Kihnu_vallavalitsus, lk 7
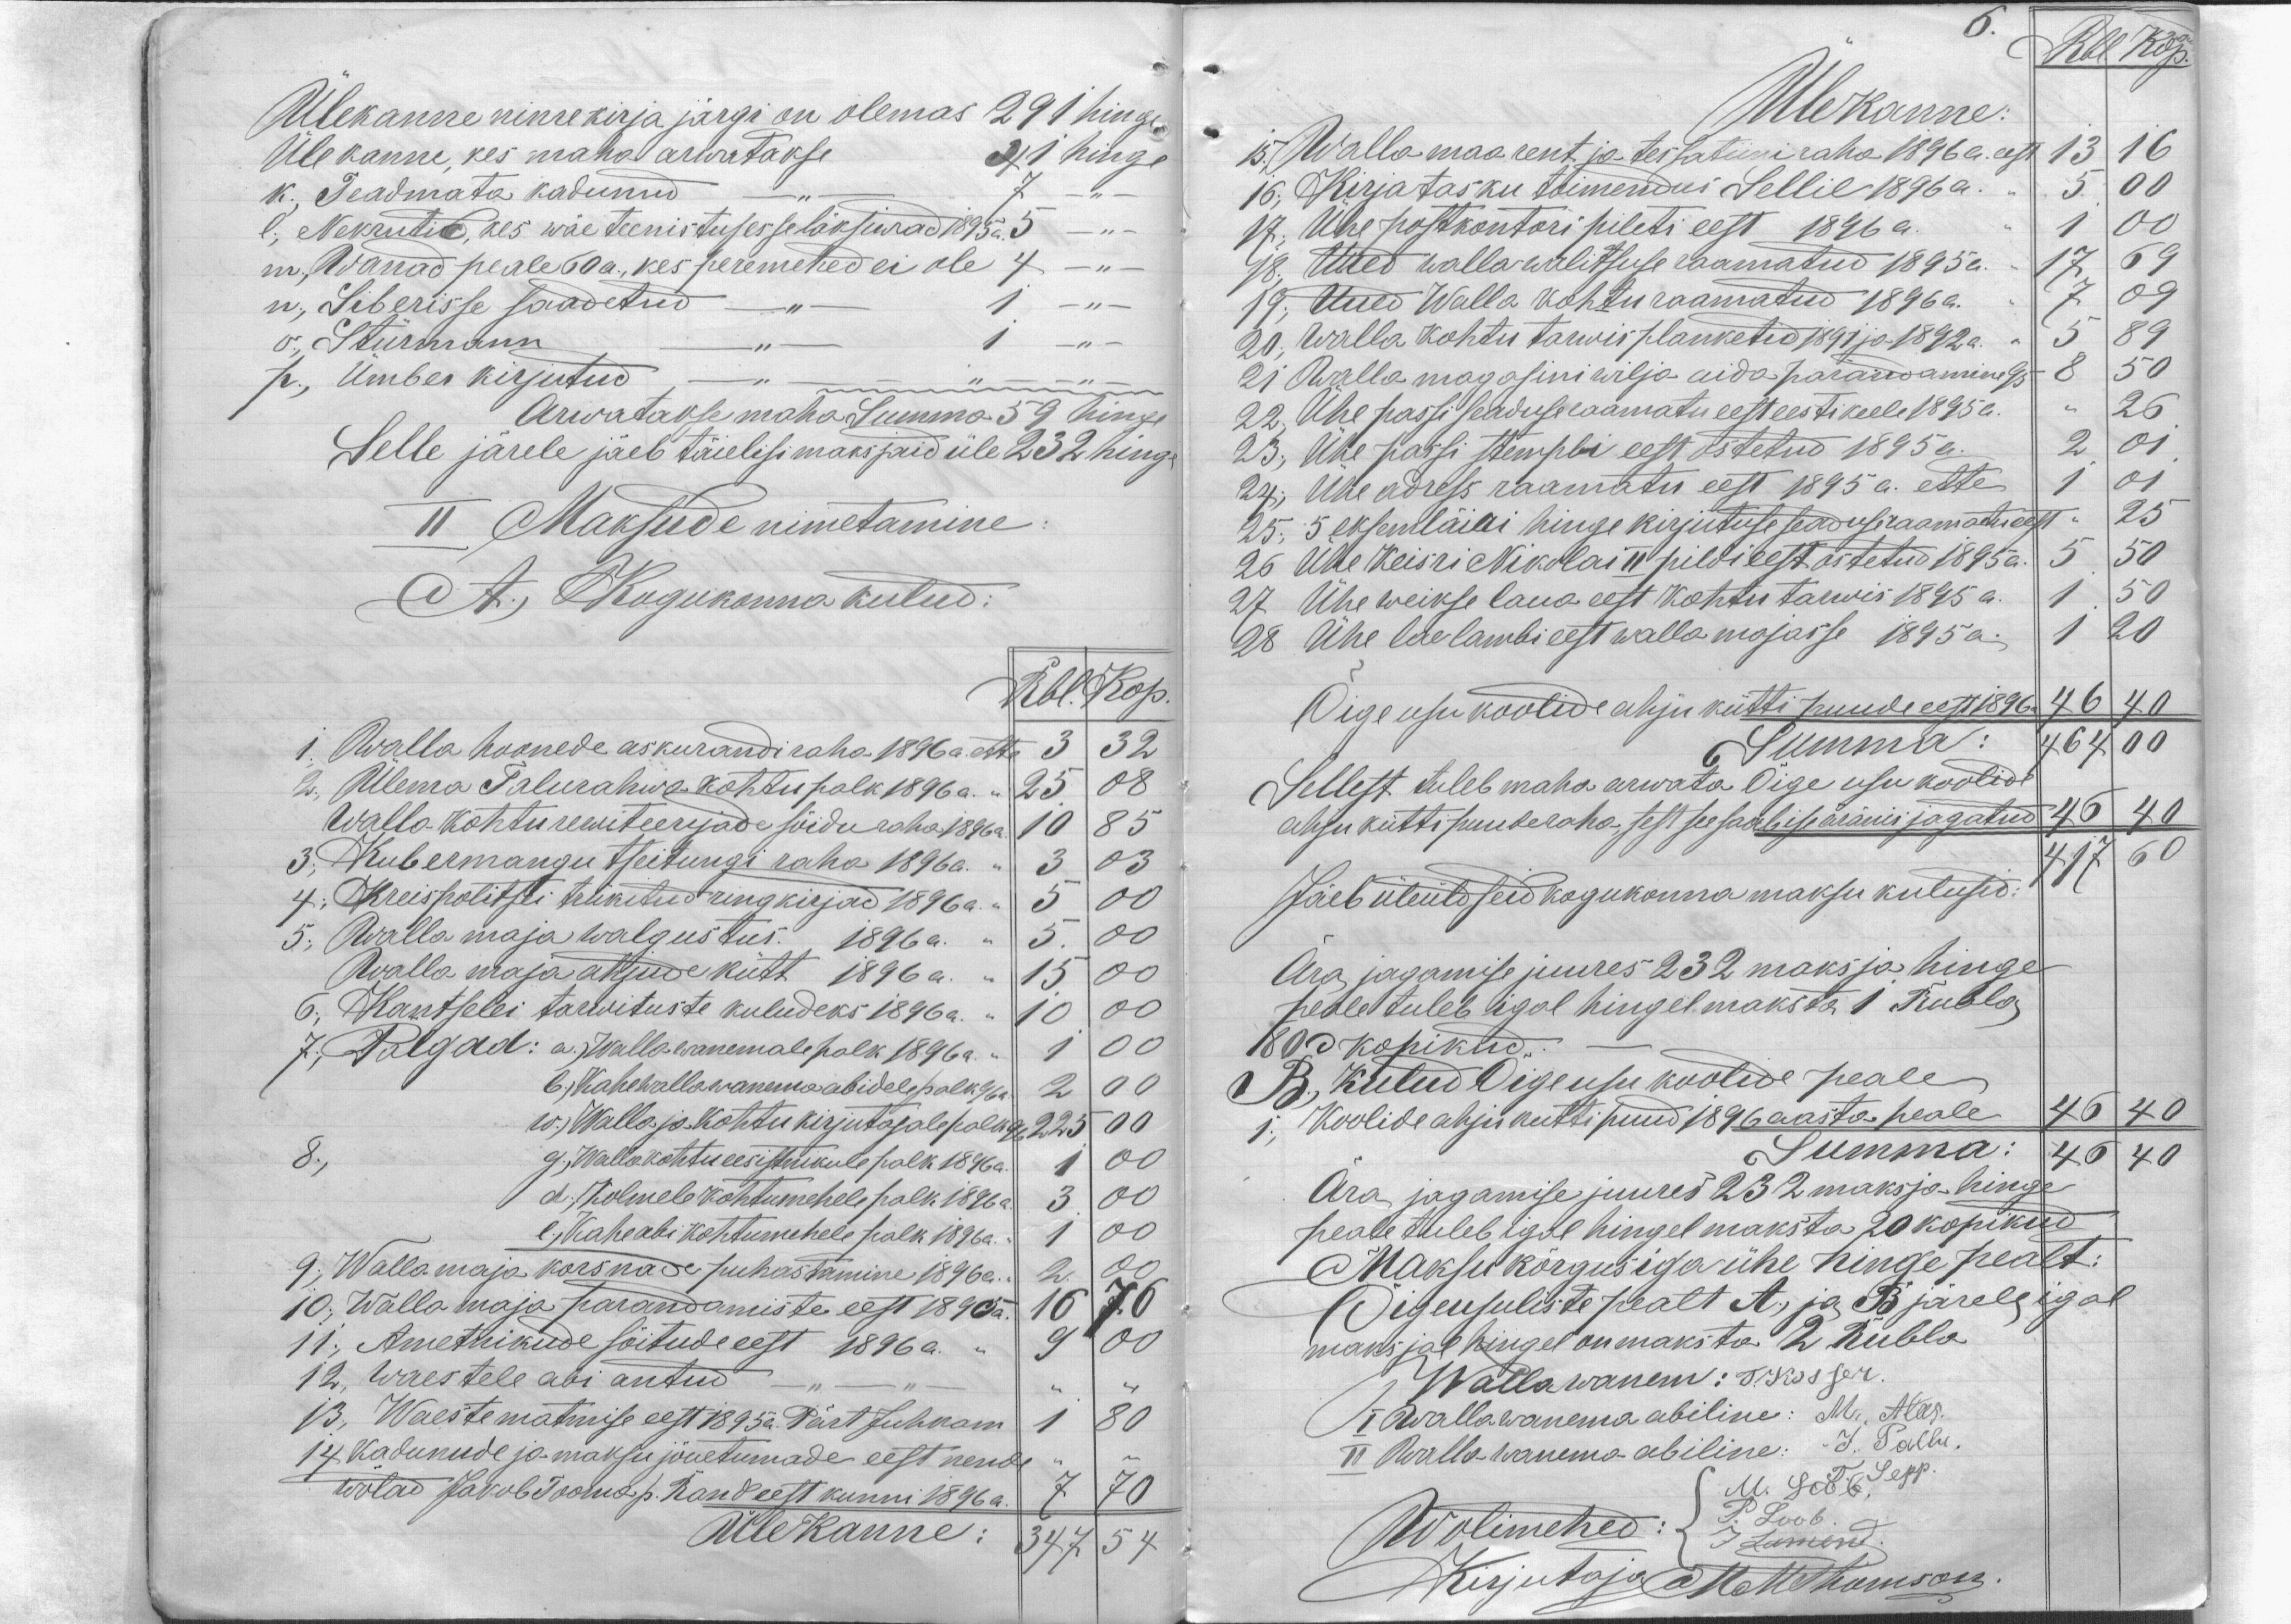
Ülekanne nimekirja järgi on olemas 291 hinge
Üle kanne, kes maha arwatakse 41 hinge
k., Teadmata kadunud - " - 7 -" -
l., Nekrutid, kes wäe teenistusesse läksiwad 1895a. 5 - " -
m., Wanad peale 60a., kes peremehed ei ole 4 - "-
n., Siberisse saadetud - "- 1 - "-
o., Stürmann -"- 1 - " -
p., Ümber kirjutud
Arwatakse maha summa 59 hinge
Selle järele jäeb täielisi maksjaid üle 232 hinge
II Maksude nimetamine:
A., Kogukonna kulud:
Rbl. Kop.
1. Walla hoonede askurandiraha 1896 a. ette
2. Ülema Talurahwa kohtupalk 1896 a.-
Walla kohtu rewiteerijade sõiduraha 1896 a
3. Kubermangu tseitungi raha 1896a.
4. Kreispolitsei trükitud ringkirjad 1896a
5. Walla maja walgustus. 1896a.
Walla maja ahjude kütt 1896 a.
6, Kantselei tarwituste kuludeks 1896 a.
7., Palgad: a.) Walla wanemale palk 1896a.
b) Kahewalla wanema abidele palk 96a
w.) Walla- ja Kohtu kirjutajale palk 96
8, g.) Walla kohtu eesistnikule palk 1896 a.
d. Kolmele kohtumehele palk 1896 a.
e. Kaheabi kohtumehele palk 1896a.
9., Wallamaja korsnade puhastamine 1896a.
10. Walla maja parandamiste eest 1896 a.
11. Ametnikude sõitude eest 1896 a. -
12, waestele abi antud
13, Waeste matmise eest 1895a. Pärt Juhkam
14 kadunude ja maksu jõuetumade eest nende
wõlad Jakob Tõnise p. Raud eest kunni 1896 a.
Ülekanne:

Ülekanne:
15. Walla maarent ja tessatiini raha 1896 a. eest
16. Kirjatasku toimendus Sellil 1896 a.
17. Ühe postkontori pileti eest 1896 a.
18. Uued wallawalitsuse raamatud 1895 a.
19. Uued Walla kohtu raamatud 1896 a.
20. walla kohtu tarwis planketid 1891 ja 1892 a.
21 Walla magasini wilja aida parandamine 95
22. Ühe passi seaduse raamatu eest eestikeele 1895 a.
23. Ühe passi stembli eest ostetud 1895 a.
24. Ühe adress raamatu eest 1895 a. ette
25. 5 eksemläiri hinge kirjutuse seaduseraamatudest -
26 Ühe Keisri Nikolai II pildi eest ostetud 1895 a.
27 Ühe weikse laua eest kohtu tarwis 1895 a.
28 Ühe laelambi eest walla majasse 1895 a.
Õige usu koolide ahju kütti puude eest 1896.
Summa
Sellest tuleb maha arwata Õige usu koolid
ahju kütti puuderaha, sest see saab ise äranis jagatud
Jäeb üleüldseid kogukonna maksu kulusid:
Ära jagamise juures 232 maks ja hinge
hedle tuleb igal hingel maksta 1 Rubla
1803 kopikud.
B. Kulud Õigeusu koolide peale
1. Koolide ahju kutti puud 1896 aasta peale
Summa
Ära jagamise juures 232 maksja-hinge
peale tuleb igal hingel maksta 20 kopikud
Maksu kõrgus iga ühe hinge pealt:
Õigeusuliste pealt A., ja B järele igal
maksja hingel on maksta 2 Rubla
Wallawanem: J. Kössler.
VI Wallawanema abiline: M., Alap.
II Rollo wanema abiline: J. Tallu
M. Läb Lepp.
P. Loob.
J. Lamert